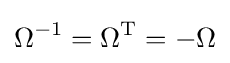
\Omega ^{-1}=\Omega ^{\text{T}}=-\Omega